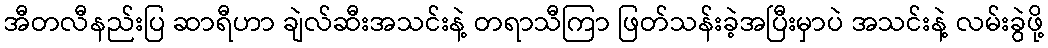
အီတလီနည်းပြ ဆာရီဟာ ချဲလ်ဆီးအသင်းနဲ့ တရာသီကြာ ဖြတ်သန်းခဲ့အပြီးမှာပဲ အသင်းနဲ့ လမ်းခွဲဖို့